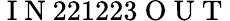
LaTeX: \mathrm{~I~N~}221223\mathrm{~O~U~T~}